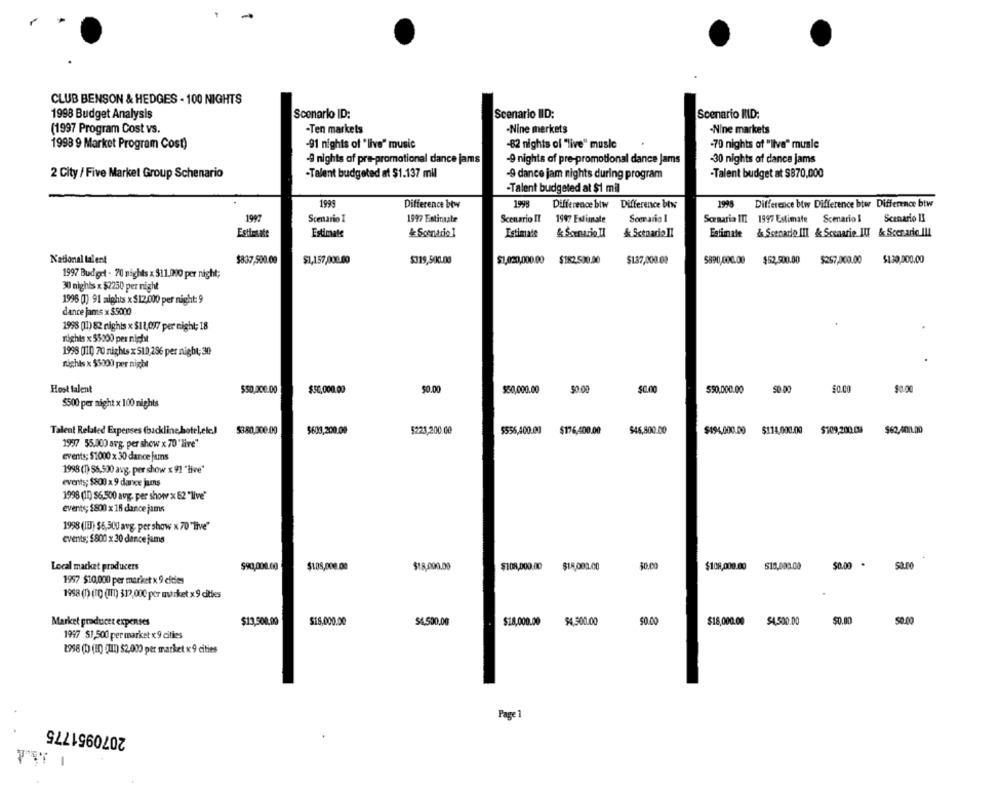
CLUB BENSON & HEDGES - 100 NIGHTS
1998 Budget Analysis
Scenario ID:
Scenario IID:
Scenario ILD:
(1997 Program Cost vs.
-Ten markets
-Nine merkets
-Nine markets
-91 nights of "live" music
1998 9 Market Program Cost)
-82 nights of "live" music
-70 nights of "live" music
4 nights of pre-promotional dance jams
-30 nights of dance jams
-9 nights of pre-promotional dance Jams
2 City / Five Market Group Schenario
-Talent budgeted at $1.137 mil
-9 dance jam nights during program
-Talent budget at $870,000
-Talent budgeted at $1 mil
1999
Difference btw
1998
Difference btw Difference btw
1998 Difference btw Difference btw Difference btw
1997
Scenario I
1997 Estimate
Scenario IT
1997 Estimate
Scenario I
Scenaria III 1997 Estimate
Scenario l
Scenario II
Estlesafe
Estimate
4 Scenario 1
Estimate
& Scenario Il
& Scenario Il
Estimate & Scenado III & Scenarie III & Scer aric Ill
National talent
$837,500.00
$1,157,000.00
$319,500.00
$1,020,000.00 $182.500.00
$137,000.00
5890,000.00 $52,500.00
$257,000.00
1997 Budget - 70 nights x $11.000 per night;
30 nights x $2250 per night
1996 (1) 91 adghts x $12,000 per night: 9
dance jams x $5000
1998 (11) 82 nights x $11,097 per night; 18
rights x 55000 per night
1998 (ID 70 nights x 510,26 per night; 30
rights x $5000 per night
Host talent
$50,000.00
$0.00
$0.00
$0.00
$50.000.00
50.00
$0.00
$50,000.00
$50,000.00
$500 per night x 100 nights
Talent Related Expenses (backline hotel,etc.)
$380,000.00
$603,200.00
5223,200.00
$556,400.00
$176,400.00
$46,800.00
$194,000.00
$114,000.00
$709,200.08
$62,40/1.00
1997 55.000 arg, per show x 70"live"
events; $1000 x 30 dance jums
1998 (D) 56,500 avg, per show x 9/1 "live"
events; $800 x 9 dance jumns
1998 (ID) $6,500 avg. per show x 62 "live"
events; $800 x 18 dance jams
1998 (IB) $6,500 avg. per show x 70 "live"
events; $800 x 30 dance jams
Local market producers
$90,000.00
$1.08,000.00
$18,000.00
$108,000.00
$18,000.00
50.00
$108,000.00
515,000.00
$0.00 .
1957 $10,000 per market x 9 cities
1998 (1) (TD (III) $12,00€ per market × 9 cities
Market producer expenses
$13,500,00
$18,000.00
54.500,00
$18,000.00
94,300.00
$0.00
$18,000.00
$4,500.00
50.00
50.00
1997 $1,500 per market « 9 cities
2958 (D (ED) (UD) $2,000 per market « 9 cities
2070951775
Page 1